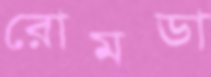
রোমডা